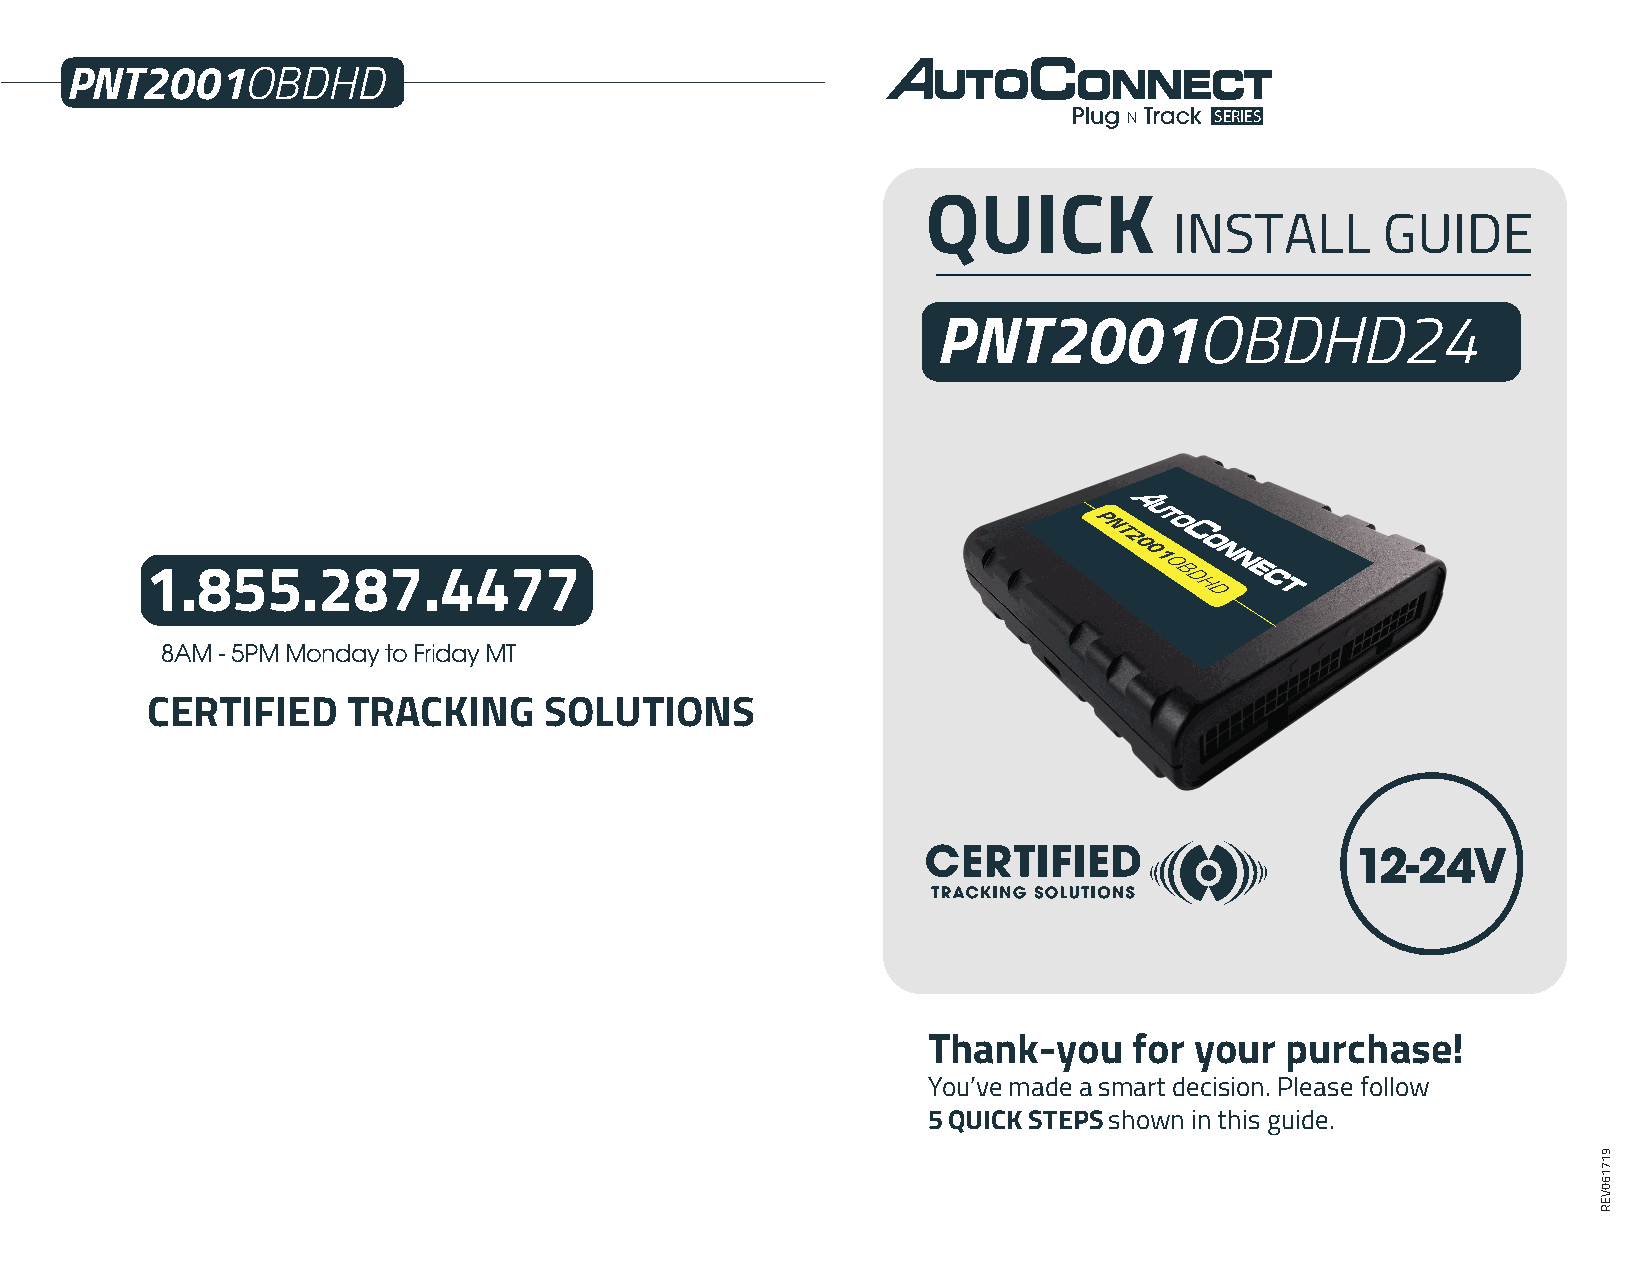
PNT2001OBDHD
 SERIES
 QUICK
 INSTALL      GUIDE
 PNT2001OBDHD24
 P
 NT
 2
 0
 0
 1
 O
 1.855.287.4477                                                     B D
 H
 D
 8AM - 5PM Monday to Friday MT
 CERTIFIED    TRACKING     SOLUTIONS
 12-24V
 Thank-you     for your  purchase!
 You’ve made a smart decision. Please follow
 5 QUICK STEPS shown in this guide.
 917160VER